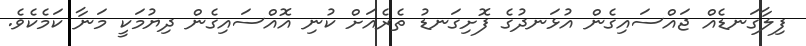
ފިލާގަނޑެއް ޖައްސައިގެން އުޅަނދުގެ ފޮށިގަނޑު ތެރެއަށް ކުނި އޮއްސައިގެން ދިޔުމަކީ މަނާ ކަމެކެވެ.